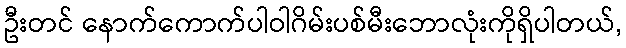
ဦးတင် နောက်ကောက်ပါဝါဂိမ်းပစ်မီးဘောလုံးကိုရှိပါတယ်,